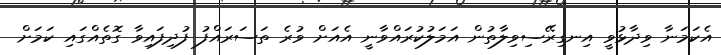
އެކަމަނާ ވިދާޅުވީ އިނގިރޭސިވިލާތުން އަމަލުކުރައްވާނީ އެއަށް ވުރެ ތަސަރައްފު ފުދިފައިވާ ގޮތެއްގައި ކަމަށް